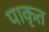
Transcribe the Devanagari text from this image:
पाकृत